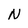
Character: N